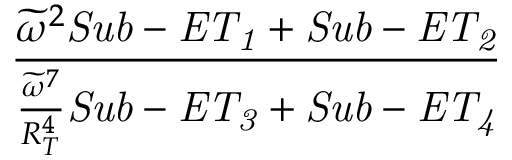
\frac { \widetilde { \omega } ^ { 2 } \mathit { S u b - E T _ { 1 } } + \mathit { S u b - E T _ { 2 } } } { \frac { \widetilde { \omega } ^ { 7 } } { R _ { T } ^ { 4 } } \mathit { S u b - E T _ { 3 } } + \mathit { S u b - E T _ { 4 } } }